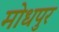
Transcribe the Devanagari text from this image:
मोधपुर